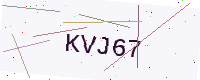
Text: KVJ67